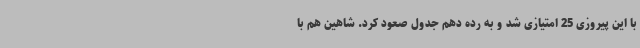
با این پیروزی 25 امتیازی شد و به رده دهم جدول صعود کرد. شاهین هم با